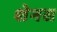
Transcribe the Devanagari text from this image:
शेनस